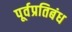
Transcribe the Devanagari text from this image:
पूर्वप्रतिबंध